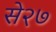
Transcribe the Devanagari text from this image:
से२७